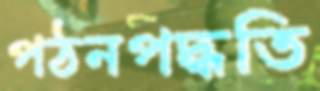
পঠনপদ্ধতি